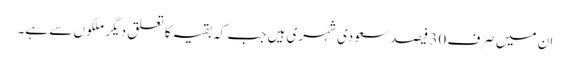
ان میں صرف 30 فیصد سعودی شہری ہیں جب کہ بقیہ کا تعلق دیگر ملکو ں سے ہے۔